Annual vaccination report of Bihar and Orissa - 1911-1928
Year: 1911
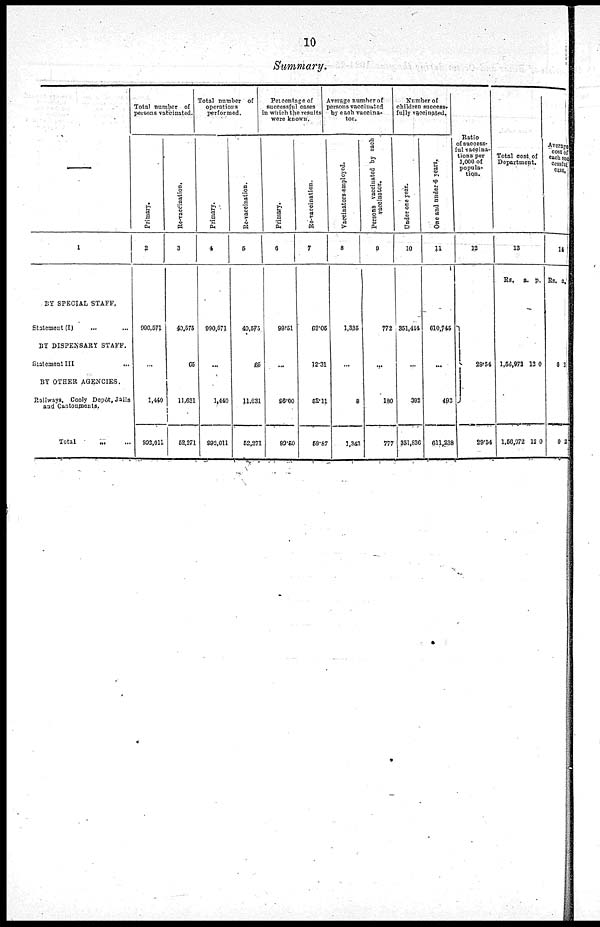
10
Summary.
1
BY SPECIAL STAFF.
Statement (I)
... ...
BY DISPENSARY STAFF.
Statement III
...
BY OTHER AGENCIES.
Railways, Cooly Depôt, Jails
and Cantonments.
Total
... ...
Total number of
persons vaccinated.
Primary.
2
990.571
...
1,440
992,011
Re-Vaccination.
3
40,575
65
11,631
52,271
Total number of
operations
performed.
Primary.
4
990,571
...
1,440
992,011
Re-vaccination.
5
40,575
65
11,631
52,271
Percentage of
successful eases
in which the results
were known.
Primary.
6
99.51
...
96.00
93.50
Re-vaccination.
7
62.05
12.31
52.11
59.87
Average number of
persons vaccinated
by each vaccina-
ter.
Vaccinators employed.
8
1,335
...
8
1,343
Persons vaccinated by each
vaccinator.
9
772
...
180
777
Number of
children success¬
fully vaccinated.
Under one year.
10
351,414
...
392
351,836
One and under 6 year.
11
610,745
...
493
611,238
Ratio
of success-
ful vaccina-
tions per
1,000 of
popula-
tion.
12
29.64
29.54
Total cost of
Department.
13
Rs. a. p.
1,56,972
1,56,972
12
12
0
0
Average
cost of
each suc¬
cessful.
case.
14
Rs. a.
0
0
3
2